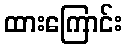
ထားကြောင်း